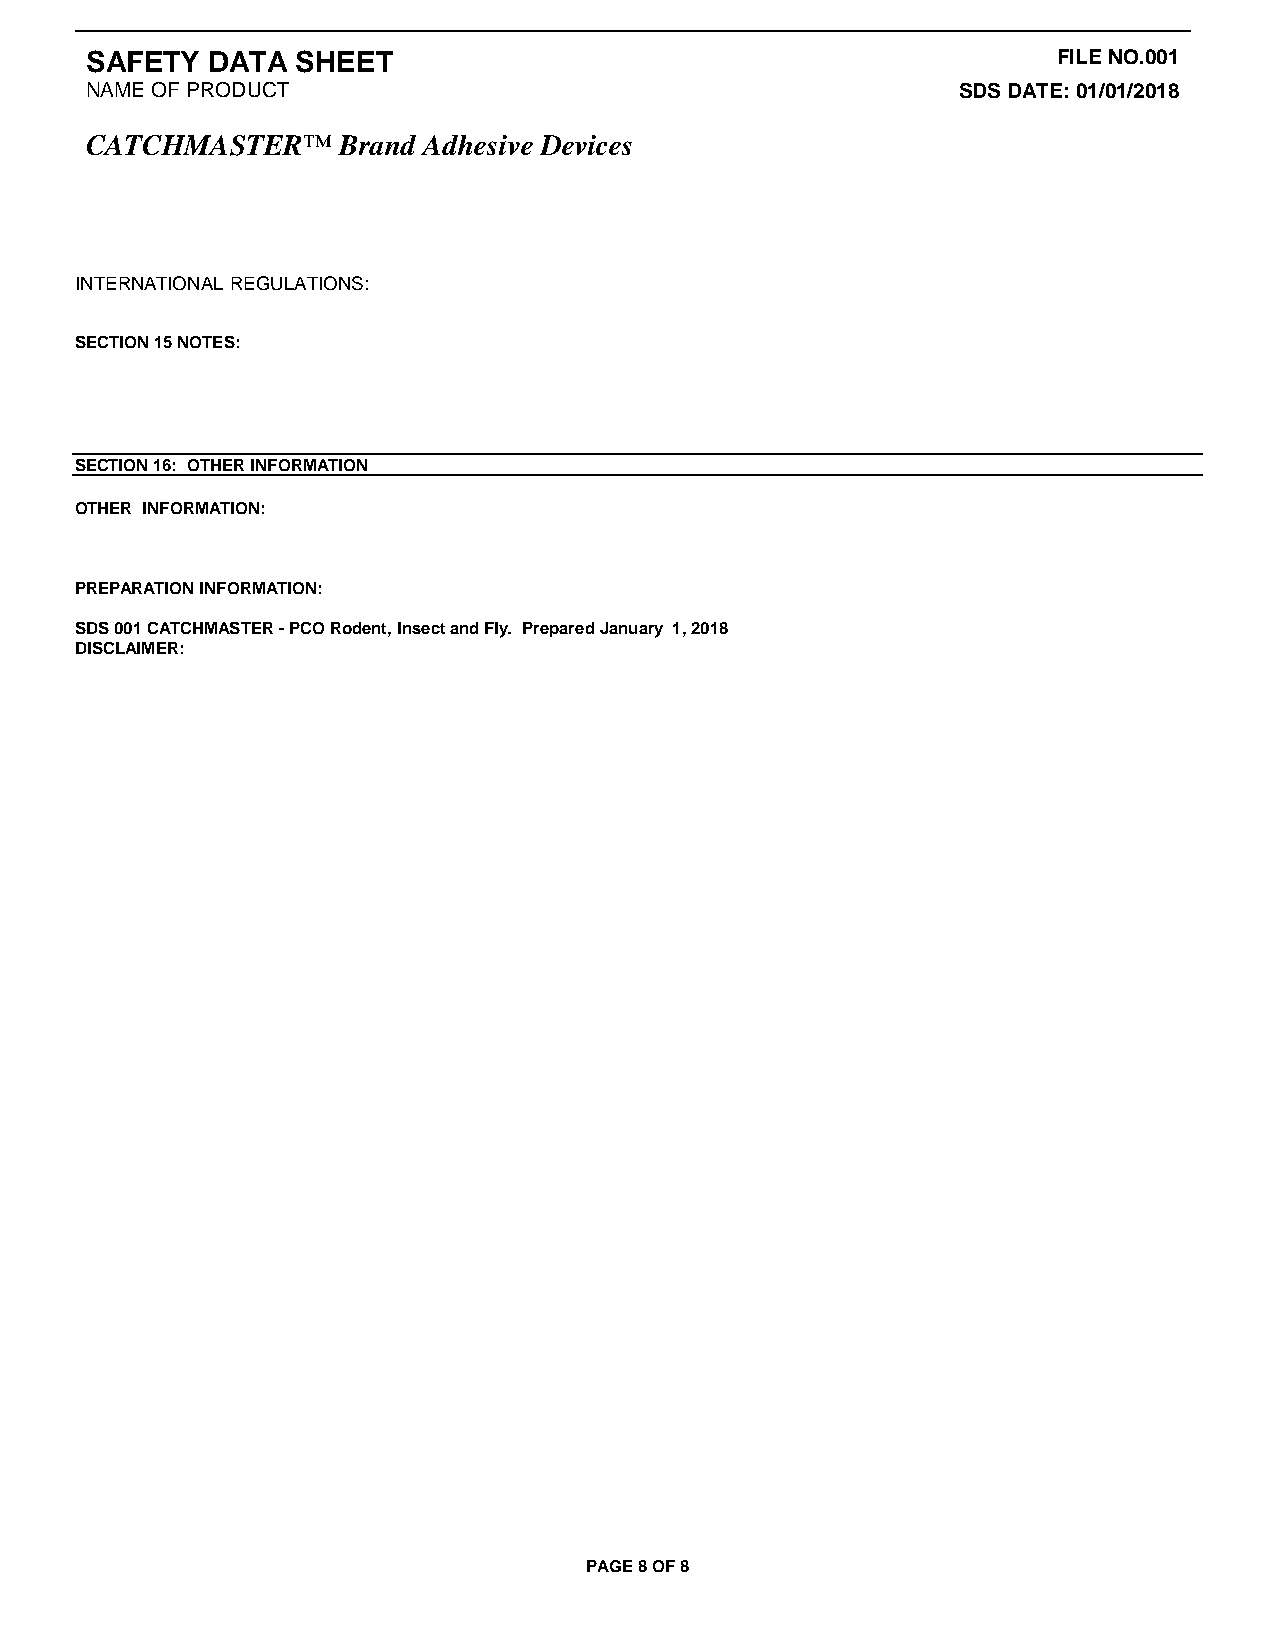
SAFETY  DATA  SHEET                                             FILE NO.001
 NAME OF PRODUCT                                          SDS DATE: 01/01/2018
 CATCHMASTER™     Brand Adhesive Devices
 INTERNATIONAL REGULATIONS:
 SECTION 15 NOTES:
 SECTION 16: OTHER INFORMATION
 OTHER INFORMATION:
 PREPARATION INFORMATION:
 SDS 001 CATCHMASTER - PCO Rodent, Insect and Fly. Prepared January 1, 2018
 DISCLAIMER:
 PAGE 8 OF 8